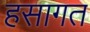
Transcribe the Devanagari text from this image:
हसागत